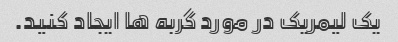
یک لیمریک در مورد گربه ها ایجاد کنید.